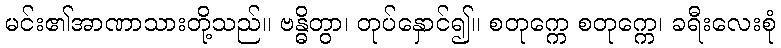
မင်း၏အာဏာသားတို့သည်။ ဗန္ဓိတွာ၊ တုပ်နှောင်၍။ စတုက္ကေ စတုက္ကေ၊ ခရီးလေးစုံ